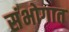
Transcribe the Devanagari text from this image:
संभोगात